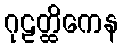
ဂုဠတ္ထိကေန